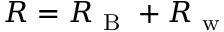
R = R _ { \mathrm { ~ B ~ } } + R _ { \mathrm { ~ w ~ } }